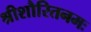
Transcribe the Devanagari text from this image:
श्रीशौरितनमः